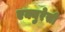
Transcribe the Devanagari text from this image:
एक्युरेसी